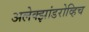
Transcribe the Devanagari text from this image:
अलेक्झांडरोव्हिच